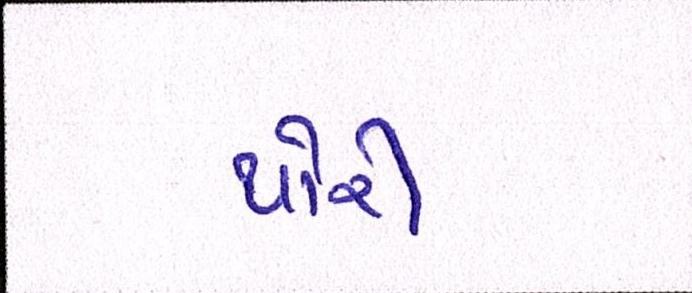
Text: થોરી